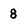
Character: 8